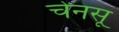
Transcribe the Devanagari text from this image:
चेनसू